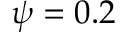
\psi = 0 . 2